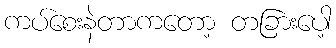
ကပ်စေးနဲတာကတော့ တခြားပေါ့